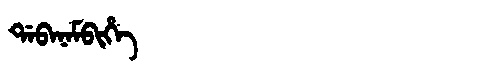
Manchu: ᡩᠠᠪᠠᠨᠠᠮᠪᡳᡥᡝ
Romanization: DABANAMBIHE